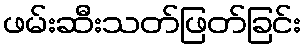
ဖမ်းဆီးသတ်ဖြတ်ခြင်း